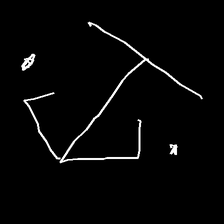
Glyph: earth